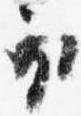
衣